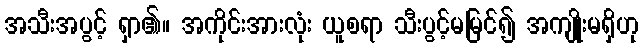
အသီးအပွင့် ရှာ၏။ အကိုင်းအားလုံး ယူစရာ သီးပွင့်မမြင်၍ အကျိုးမရှိဟု